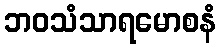
ဘဝသံသာရမောစနံ